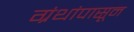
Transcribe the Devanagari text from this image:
ग्रंथांपासून